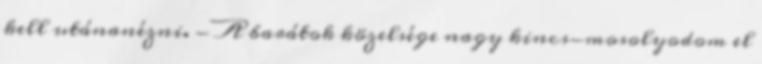
kell utánanézni. - A barátok közelsége nagy kincs-mosolyodom el